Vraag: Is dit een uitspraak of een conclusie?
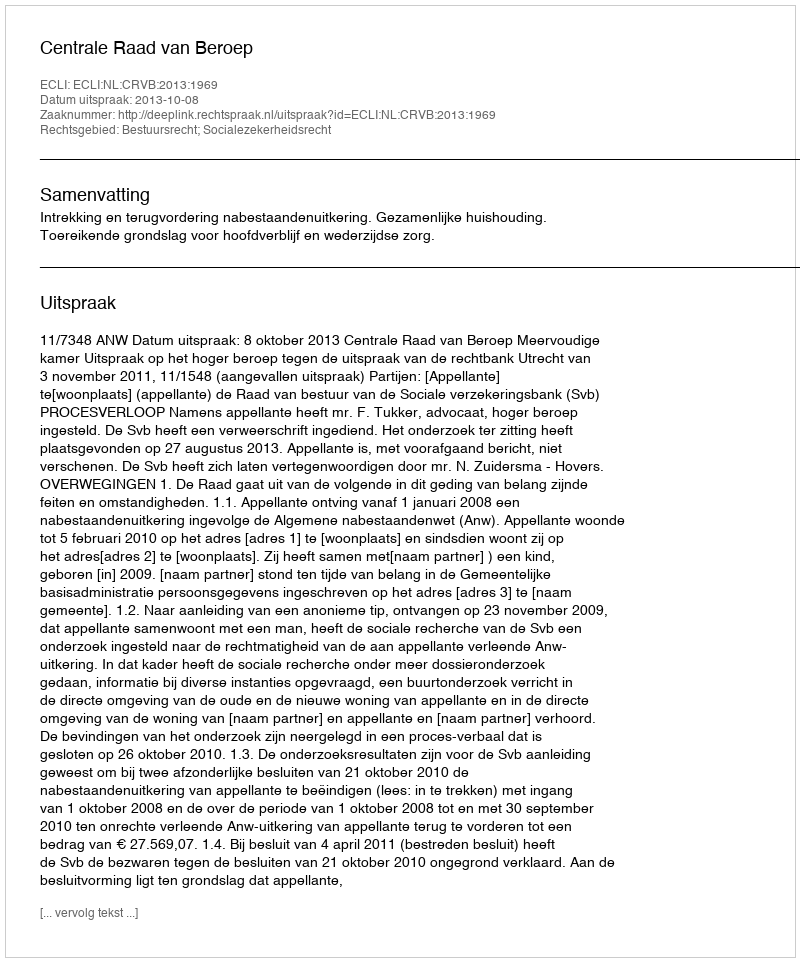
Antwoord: Uitspraak